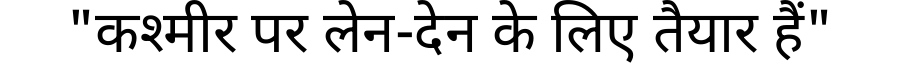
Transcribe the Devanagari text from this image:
"कश्मीर पर लेन-देन के लिए तैयार हैं"